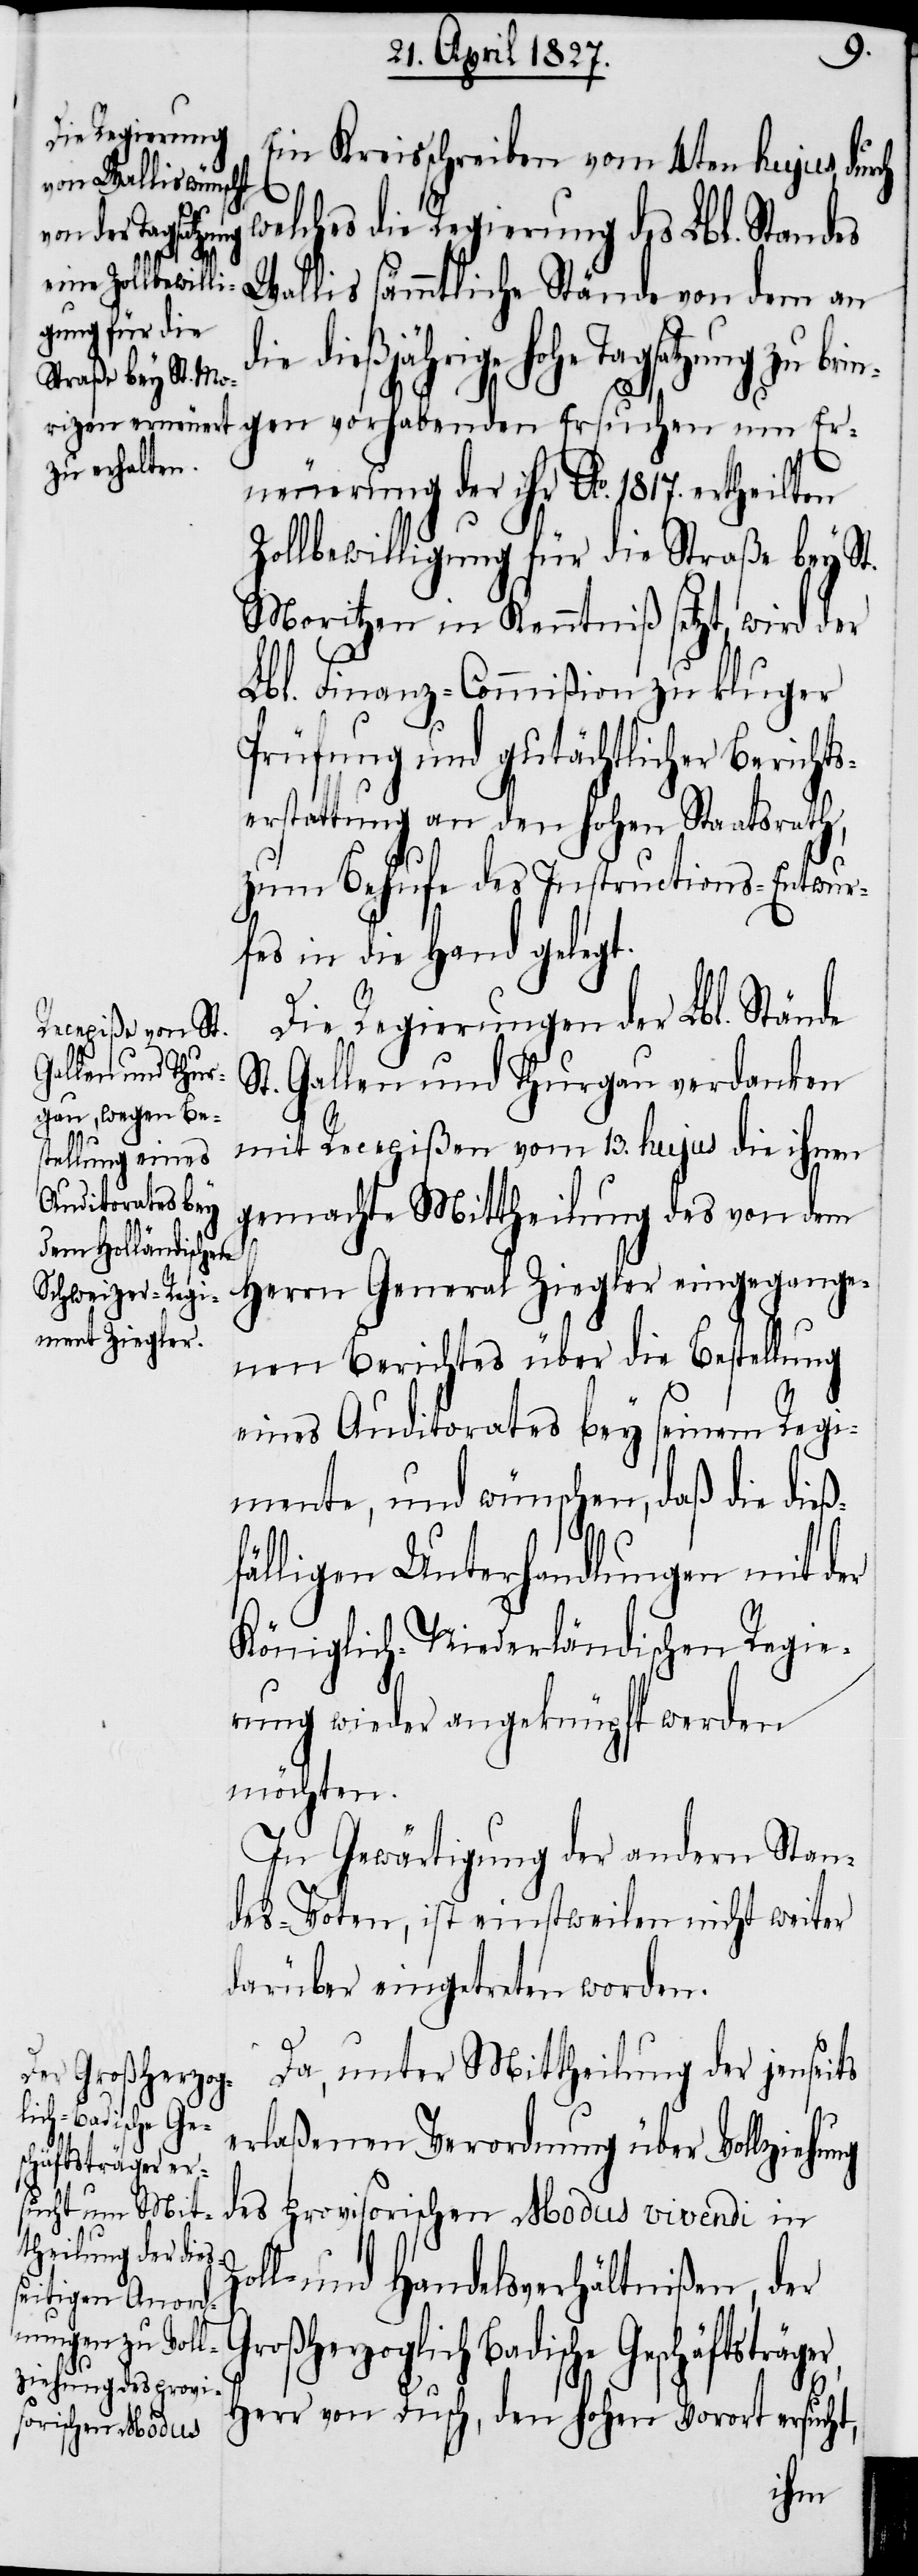
r,
Ein Kreisschreiben vom 4ten hujus, durch
welches die Regierung des Lbl. Standes
Wallis sämmtliche Stände von dem an
dießjährige hohe Tagsatzung zu br¬
ingen vorhabenden Ersuchen um Er¬
neuerung der ihr Ao. 1817. ertheilten
Zollbewilligung für die Straße bey St.
Moritzen in Kenntniß setzt, wird der
Lbl. Finanz-Commißion zu kluger
Prüfung und gutächtlicher Bericht¬
serstattung an den hohen Staatsrath,
zum Behufe des Instructions-Entwur¬
fes in die Hand gelegt.
Die Regierungen der Lbl. Stände
St. Gallen und Thurgau verdanken
mit Recepißen vom 13. hujus die ihnen
gemachte Mittheilung des von dem
Herrn General Ziegler eingegange¬
nen Berichtes über die Bestellung
eines Auditorates bey seinem Regi¬
mente, und wünschen, daß die dieß¬
fälligen Unterhandlungen mit der
Königlich-Niederländischen Regie¬
rung wieder angeknüpft werden
möchten.
In Gewärtigung der andern Stan¬
des-Voten, ist einstweilen nicht weiter
darüber eingetreten worden.
Da, unter Mittheilung der jenseits
erlaßenen Verordnung über Vollziehung
des provisorischen Modus vivendi in
Zoll- und Handelsverhältnißen, der
Großherzoglich Badische Geschäftsträge¬
Herr von Dusch, den Hohen Vorort ersucht,